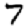
Digit: 7